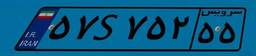
۵۷S۷۵۲۵۵